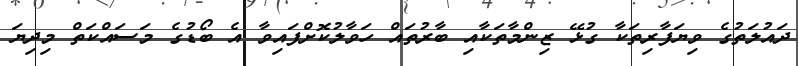
ދައުލަތުގެ ވިޔަފާރިތަކާ ގުޅޭ ޒިންމާތަކާއި ބާރުތައް ހަވާލުކޮށްފައިވާ އެ ބޯޑުގެ މަސައްކަތް މިދިޔަ